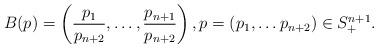
LaTeX: \begin{align*}B(p) = \left( \frac{p_1}{p_{n+2}}, \dots, \frac{p_{n+1}}{p_{n+2}} \right), p = (p_1, \dots p_{n+2}) \in S_+^{n+1}.\end{align*}